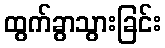
ထွက်ခွာသွားခြင်း